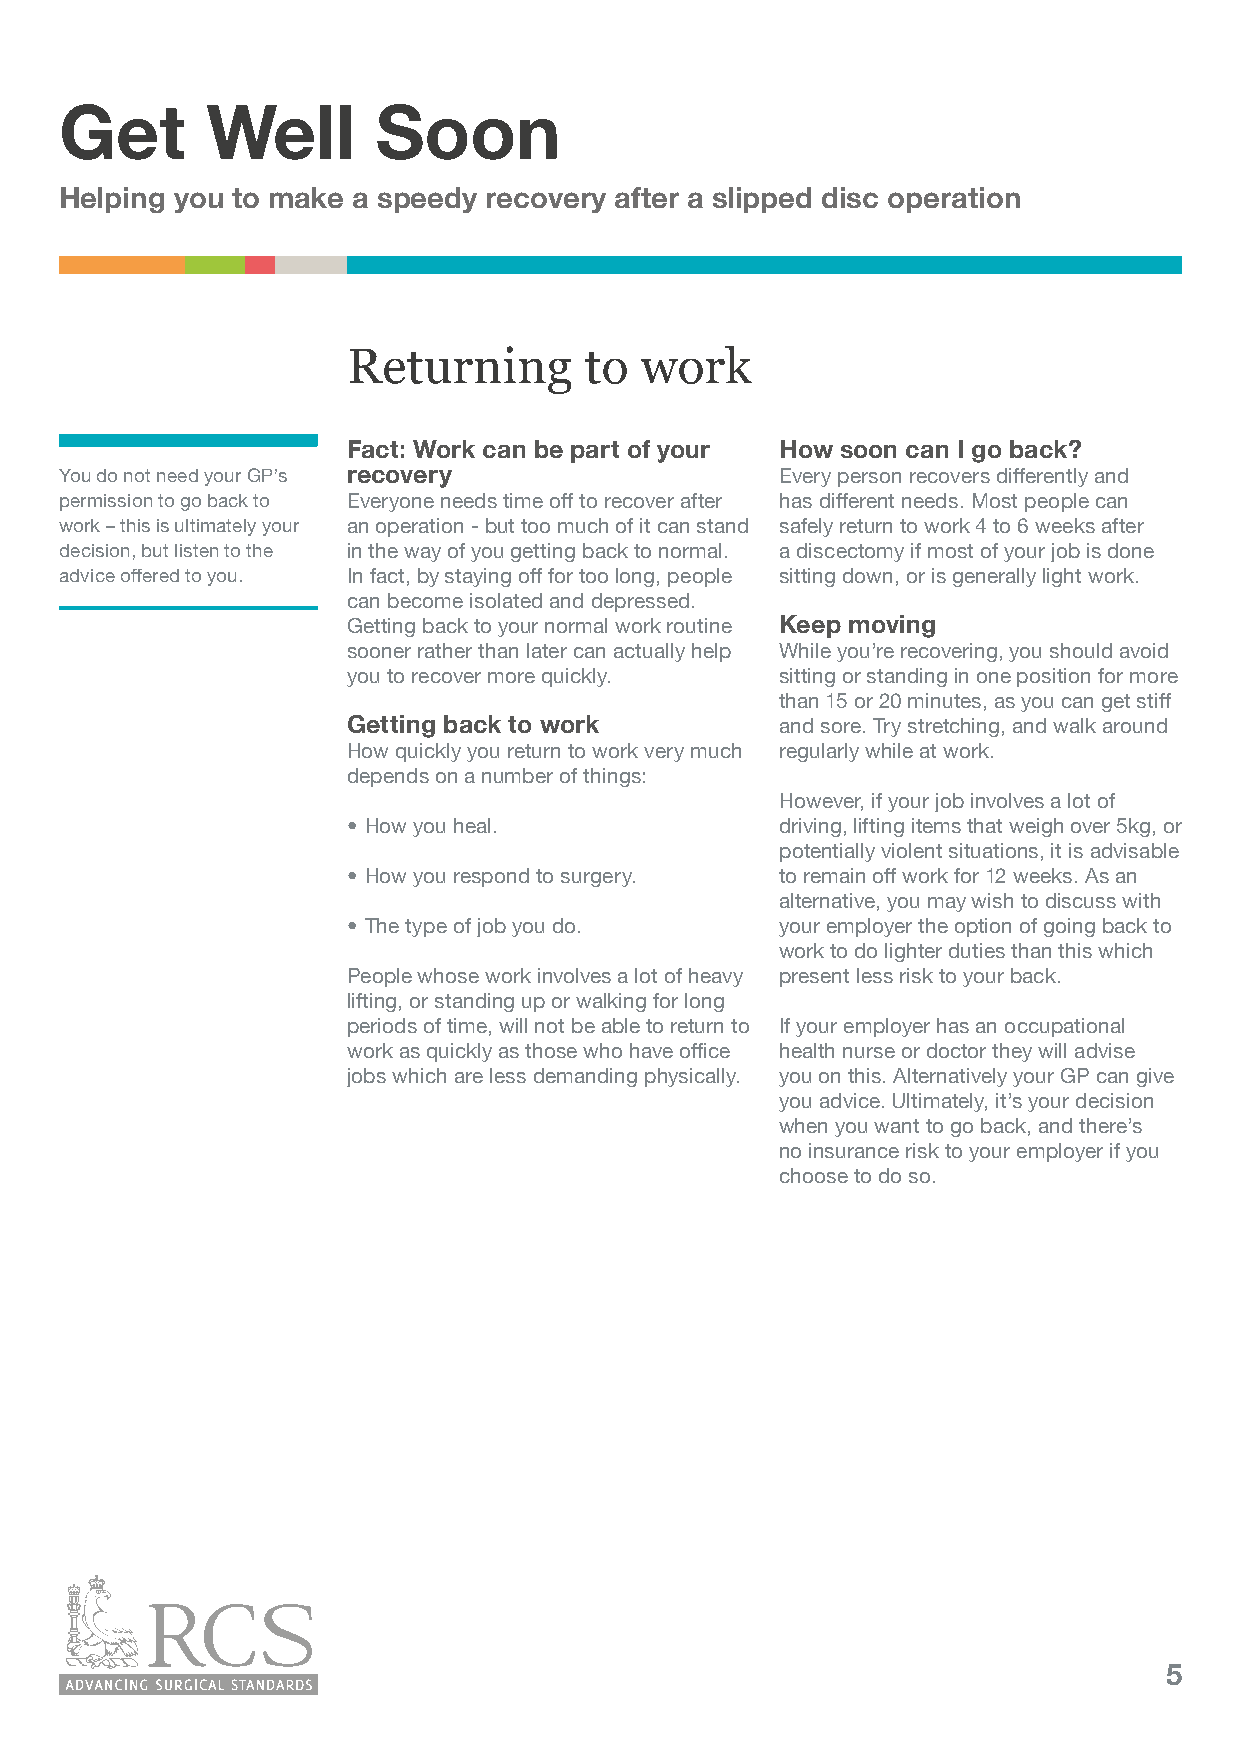
Get       Well       Soon
 Helping you to make a speedy recovery after a slipped disc operation
 Returning       to work
 Fact: Work can be part of your How soon can I go back?
 You do not need your GP’s recovery              Every person recovers differently and
 permission to go back to Everyone needs time off to recover after has different needs. Most people can
 work – this is ultimately your an operation - but too much of it can stand safely return to work 4 to 6 weeks after
 decision, but listen to the in the way of you getting back to normal. a discectomy if most of your job is done
 advice offered to you. In fact, by staying off for too long, people sitting down, or is generally light work.
 can become isolated and depressed.
 Getting back to your normal work routine Keep moving
 sooner rather than later can actually help While you’re recovering, you should avoid
 you to recover more quickly. sitting or standing in one position for more
 than 15 or 20 minutes, as you can get stiff
 Getting back to work         and sore. Try stretching, and walk around
 How quickly you return to work very much regularly while at work.
 depends on a number of things:
 However, if your job involves a lot of
 • How you heal.              driving, lifting items that weigh over 5kg, or
 potentially violent situations, it is advisable
 • How you respond to surgery. to remain off work for 12 weeks. As an
 alternative, you may wish to discuss with
 • The type of job you do.    your employer the option of going back to
 work to do lighter duties than this which
 People whose work involves a lot of heavy present less risk to your back.
 lifting, or standing up or walking for long
 periods of time, will not be able to return to If your employer has an occupational
 work as quickly as those who have office health nurse or doctor they will advise
 jobs which are less demanding physically. you on this. Alternatively your GP can give
 you advice. Ultimately, it’s your decision
 when you want to go back, and there’s
 no insurance risk to your employer if you
 choose to do so.
 5